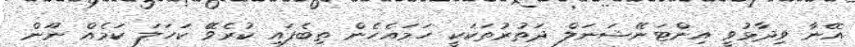
އޭނާ ވިދާޅުވީ އިންޓަނޭޝަނަލް ދަތުރުތަކަކީ ހަމައެހެން ތިބެފައި ކުރެވޭ ކަހަލަ ކަމެއް ނޫން